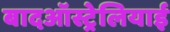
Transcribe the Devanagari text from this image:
बादऑस्ट्रेलियाई